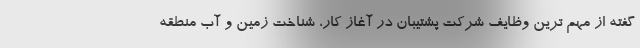
گفته از مهم ترین وظایف شرکت پشتیبان در آغاز کار، شناخت زمین و آب منطقه